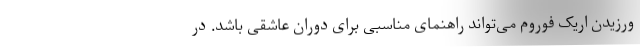
ورزیدن اریک فوروم می‌تواند راهنمای مناسبی برای دوران عاشقی باشد. در